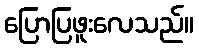
ပြောပြဖူးလေသည်။